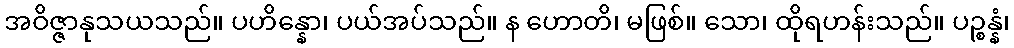
အဝိဇ္ဇာနုသယသည်။ ပဟိန္နော၊ ပယ်အပ်သည်။ န ဟောတိ၊ မဖြစ်။ သော၊ ထိုရဟန်းသည်။ ပဉ္စန္နံ၊